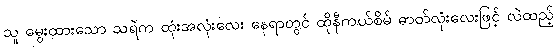
သူ မွေးထားသော သရဲက ထုံးအလုံးလေး နေရာတွင် ထိုနီကယ်စိမ် ဓာတ်လုံးလေးဖြင့် လဲထည့်